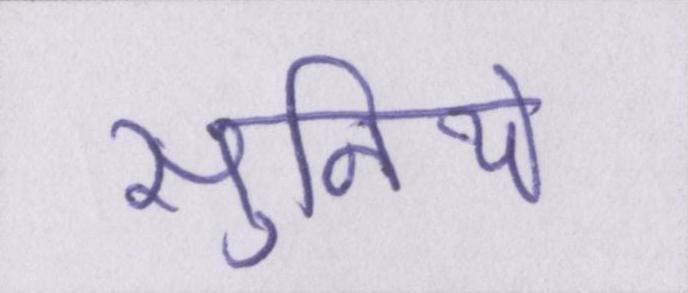
सुनिये